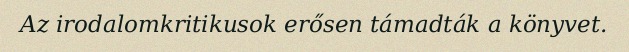
Az irodalomkritikusok erősen támadták a könyvet.